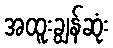
အထူးချွန်ဆုံး